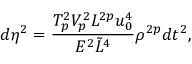
d \eta ^ { 2 } = { \frac { T _ { p } ^ { 2 } V _ { p } ^ { 2 } L ^ { 2 p } u _ { 0 } ^ { 4 } } { E ^ { 2 } \tilde { L } ^ { 4 } } } \rho ^ { 2 p } d t ^ { 2 } ,